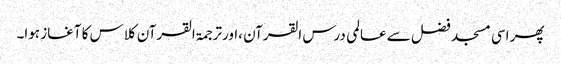
پھر اسی مسجد فضل سے عالمی درس القرآن ،اورترجمۃ القرآن کلاس کا آغاز ہوا۔